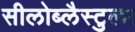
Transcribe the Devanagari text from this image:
सीलोब्लैस्टुला